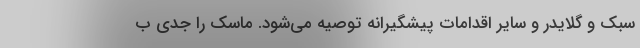
سبک و گلایدر و سایر اقدامات پیشگیرانه توصیه می‌شود. ماسک را جدی ب